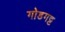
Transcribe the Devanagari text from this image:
गोडगट्ट